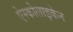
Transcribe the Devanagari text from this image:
ऐस्कोलाइकेन